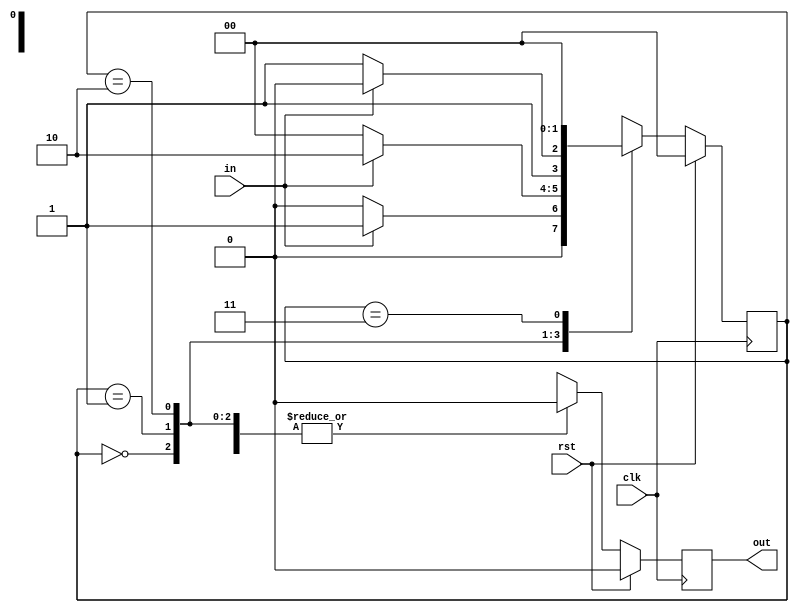
module moore11011(input in,input clk,input rst,output reg out);
  reg [1:0] cst;
  reg [1:0] nst;
  parameter [2:0]s0=3'b000;
  parameter [2:0]s1=3'b001;
  parameter [2:0]s2=3'b010;
  parameter [2:0]s3=3'b011;
  parameter [2:0]s4=3'b100;
  parameter [2:0]s5=3'b101;
always@(posedge clk)
begin
  if(rst)begin
    out=1'b0;
    cst=s0;
    nst=s0;end
  else
    begin
    cst=nst;
    case(cst)
  s0:begin    
      out=1'b0; 
     if(in) 
       nst=s1;
     else begin
      nst=s0;end 
    end
  s1:begin
      out=1'b0; 
      if(in)
       nst=s2;
      else begin
       nst=s0;end
     end
  s2 :begin   
        out=1'b0;
        if(in)
         nst=s2;
        else begin
         nst=s3;end 
      end
  s3:begin    
        out=1'b0; 
       if(in) 
         nst=s4;
       else begin
       nst=s0 ;end
     end
    s4:begin    
        out=1'b0; 
       if(in) 
         nst=s5;
       else begin
       nst=s0 ;end
     end
    s5:begin    
        out=1'b1; 
       if(in) 
         nst=s2;
       else begin
       nst=s3 ;end
     end
    endcase
end
end
endmodule